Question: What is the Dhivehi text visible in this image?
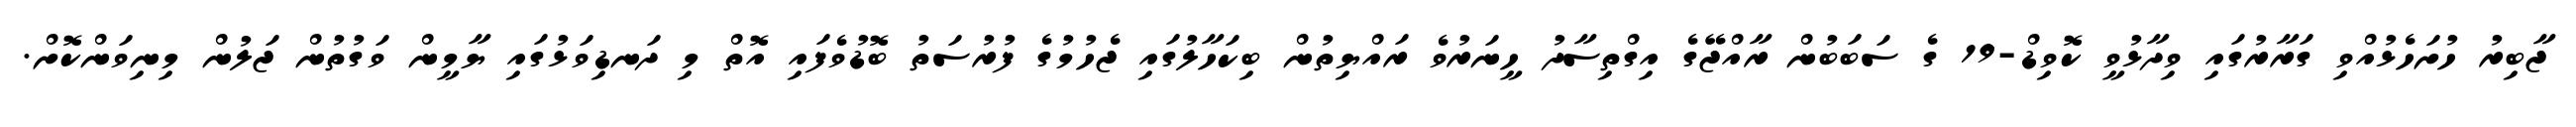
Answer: ޖާބިރު ހުށަހެޅުއްވި ގަރާރުގައި ވިދާޅުވީ ކޮވިޑް-19 ގެ ސަބަބުން ރާއްޖޭގެ އިގްތިސާދު ހީނަރުވެ ރައްޔިތުން ބިކަހާލުގައި ޖެހުމުގެ ފުރުސަތު ބޮޑުވެފައި އޮތް މި ދަނޑިވަޅުގައި ޔާމީން ވަގުތުން ޖަލުން މިނިވަންކޮށް.